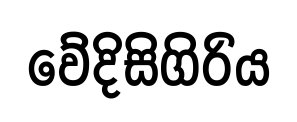
වේදිසිගිරිය